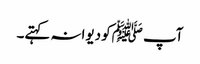
آپ ﷺکو دیوانہ کہتے۔